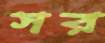
সর